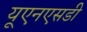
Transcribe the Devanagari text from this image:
यूएनएसडी